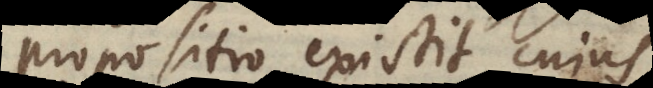
propositio existit cujus